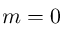
m = 0